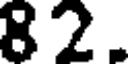
82.